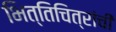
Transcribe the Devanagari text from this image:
भित्तिचित्रांची